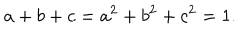
a + b + c = a ^ { 2 } + b ^ { 2 } + c ^ { 2 } = 1 .